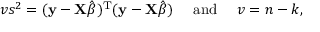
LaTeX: v s ^ { 2 } = ( \mathbf { y } - \mathbf { X } { \hat { \boldsymbol { \beta } } } ) ^ { \mathrm { { T } } } ( \mathbf { y } - \mathbf { X } { \hat { \boldsymbol { \beta } } } ) \quad { \mathrm { ~ a n d ~ } } \quad v = n - k ,